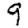
Digit: 9